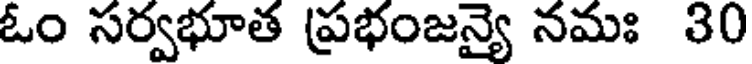
ఓం సర్వభూత ప్రభంజన్యై నమః 30